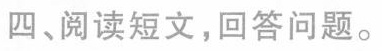
四、阅读短文，回答问题。